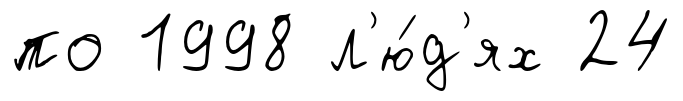
по 1998 л'ю́д'ях 24